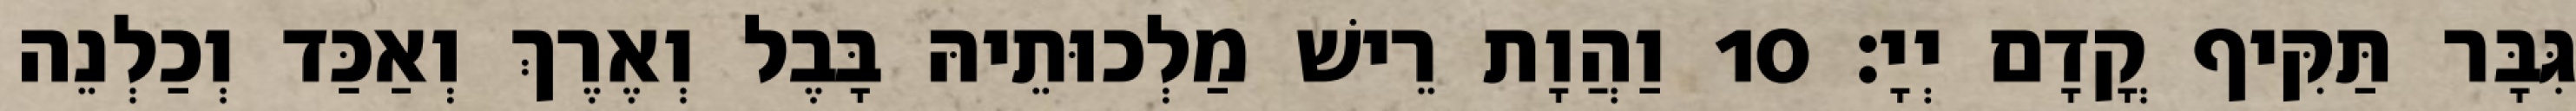
גִּבָּר תַּקִּיף קֳדָם יְיָ׃ 10 וַהֲוָת רֵישׁ מַלְכוּתֵיהּ בָּבֶל וְאֶרֶךְ וְאַכַּד וְכַלְנֵה